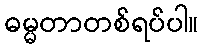
ဓမ္မတာတစ်ရပ်ပါ။